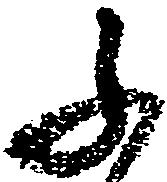
ふ